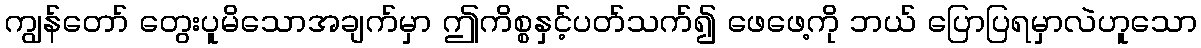
ကျွန်တော် တွေးပူမိသောအချက်မှာ ဤကိစ္စနှင့်ပတ်သက်၍ ဖေဖေ့ကို ဘယ် ပြောပြရမှာလဲဟူသော